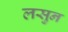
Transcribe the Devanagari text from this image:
लसुन